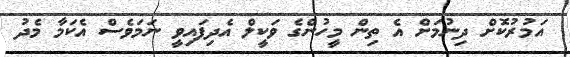
އަމުރުކޮށް ދިނުމަށް އެ ތިން މީހުންގެ ވަކީލް އެދިފައިވީ ނަމަވެސް އެކަމާ މެދު